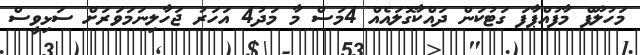
މަހުލޫފް މާފުއްޕާފަ ގަޓުކަން ދައްކާގޮލައެއް 4މަސް މާ މަދު4 އަހަރު ޖަހާލިނަމަވަރަށް ސަޅިވީސް